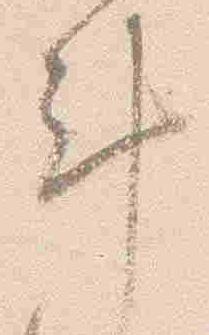
計